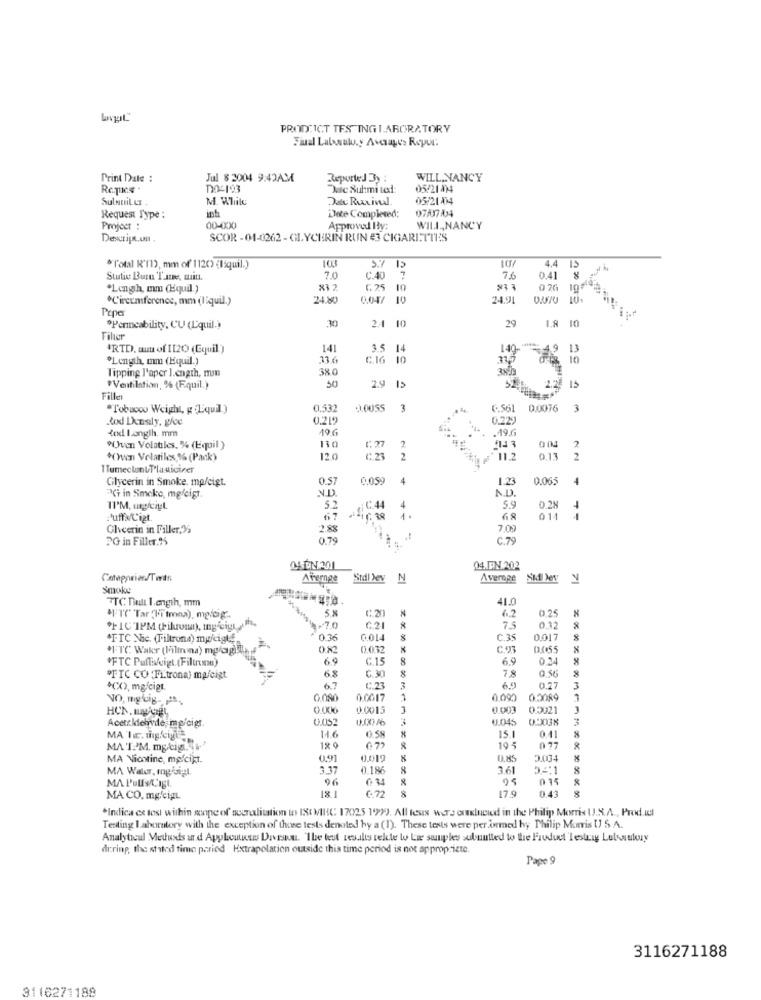
PROD ICT TES INGLABORATORY
Final Latosak.y Averages Reper:
Print Date :
Jul $ 3004 9:42AM
Reported By:
WILL, NANCY
RemRes .
10-193
Dac Suhmi tet
05/21 4)4
Sulanit LI
M. While
05/21414
inh
Dete Completed:
07/07/24
Request Type :
Projeer :
00-000
Approved By:
WILI ,, NANCY
SCOR - 01-0262 - GLYCERIN RUN #3 CIGARITTIS
4.4
"Total R'11), mm of 1120) {15quil.)
5.7 15
7.0
C.40
7.6
0.41
.Length, mm (Hquil )
6. 75
10
0 26
.C'incumference, mm (liquil.)
24.80
0,04/
10
24.91
Prper
30
*Permeability, CU (L'quil.)
24 10
29
1.8 10
Filter
'RTD. aut of [120 (Equil )
14
3.5
14
140
13
"Length, mm (kquil.)
33 6
C.16
10
10
Tipping l'aper l.ength, mm
38 0
50
*Ventilation, % (Fquil.)
15
Filler
"Tobacoo Weight, g (Equil.]
0.532
1.0055
3
6.561
0.0076
3
tod Densly, gloe
0.219
0.229
tod longth. mm
19 6
"Oven Volatiles, % (Equil )
130
1.27
2
4143
*()wen Volatiles,1% (Pack)
120
r: 23
2
11.2
0.13
2
I TumeclonUT'la sicirer
Glycerin in Smoke. mp/cigt.
0.5
0,059
4
1.23
0.06
4
ND
N.D.
"It in Smoke, mgfcist.
II'M, ung/ciyt.
5.2
C.44
4
5 9
0.2
Puffa/Cigt.
67
1.
68
01
Olveerin in Filler,25
2.88
7.00
3G in Filler.95
C.79
04.EN.202
Avernge
Stdl Jev
N
A verpe
Sid ley
TTC Duli 1.ength, mm
41.0
5.%
C.20
0.25
6.2
"F1C'IPM (hikrona), my sigt, m.
~7.0
C.21
7.5
0.32
"FTC Nic. (Tiltrond) mp/cigt
0.36
0.014
C.35
0.01
8
*FTC Waker (Filing na) mg/ag !!
0.032
C.OT
*FTC Pullis/vigt (Filtruma)
6.9
C.15
8
6.9
68
8
78
0.56
"FIC CO :Filtrona) mafeigt
C. 30
8
*(X), mgfcigt.
6.7
C.23
3
6.9
0.27
3
NO, mgluig- 2.
0.080
0.0017
0000
0.5089
HCN, LAUREL
0.000
0.0015
0.003
0.5021
Acerckichwde, mp/cigt
4.045
3
8
14.6
0.58
15.
0.41
MA T.'M. mg/tig. w
18 9
195
077
MA Viostine, mefcipt.
0,91
0.85
2.034
MA Water, mgisigl,
3.37
0.186
3.61
8
MA P'ulfat'igt.
015
&
18.1
€ 72
17.9
0.43
8
MA CO. mg/cigt
*Indica ex tesi within scope of accreditation to IS( MHC 17025 1999. All teus wers erluciod in the Philip Morris U.S.A ., Prod wel
Testing Laboratory with the exception of those tests denoted by a (1). These tests were performed by Philip Morris ( S. A.
Analytical Metusds and Appleulises Divestu. The test results telte to Li souples subuntied to the Fiduet Testrig Lubviutoy
during, the stated time paried Extrapolation outside this time period is not appropriate.
Page 9
3116271188
3116271188